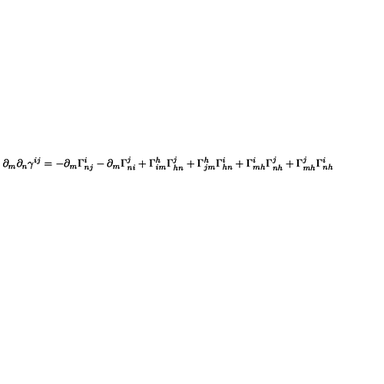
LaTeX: \partial _ { m } \partial _ { n } \gamma ^ { i j } = - \partial _ { m } \Gamma _ { n j } ^ { i } - \partial _ { m } \Gamma _ { n i } ^ { j } + \Gamma _ { i m } ^ { h } \Gamma _ { h n } ^ { j } + \Gamma _ { j m } ^ { h } \Gamma _ { h n } ^ { i } + \Gamma _ { m h } ^ { i } \Gamma _ { n h } ^ { j } + \Gamma _ { m h } ^ { j } \Gamma _ { n h } ^ { i }